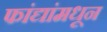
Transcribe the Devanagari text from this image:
फांद्यांमधून